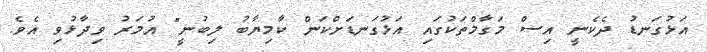
އަޅުގަނޑު ދެކެނީ އިސް މަގާމްތަކުގައި އަޅުގަނޑަށްކަން ކާމިޔާބު ލިބުނީ" އުމަރު ވިދާޅުވި އެވެ.